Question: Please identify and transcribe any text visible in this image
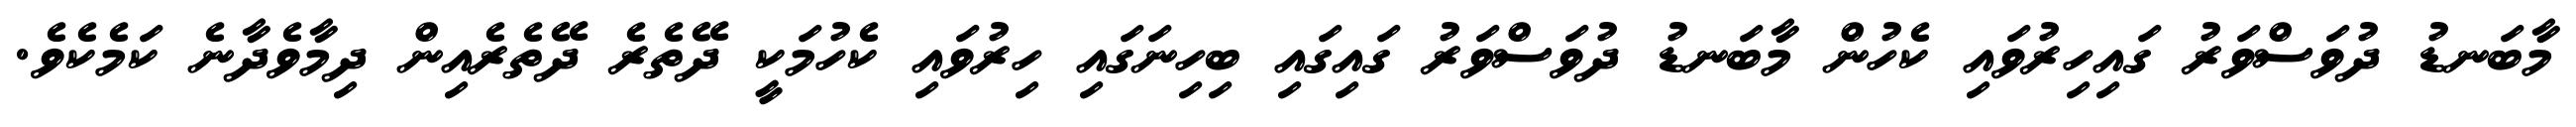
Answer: މާބަނޑު ދުވަސްވަރު ގައިހިރުވައި ކެހުން މާބަނޑު ދުވަސްވަރު ގައިގައި ބިހިނަގައި ހިރުވައި ކެހުމަކީ ދޭތެރެ ދޭތެރެއިން ދިމާވެދާނެ ކަމެކެވެ.